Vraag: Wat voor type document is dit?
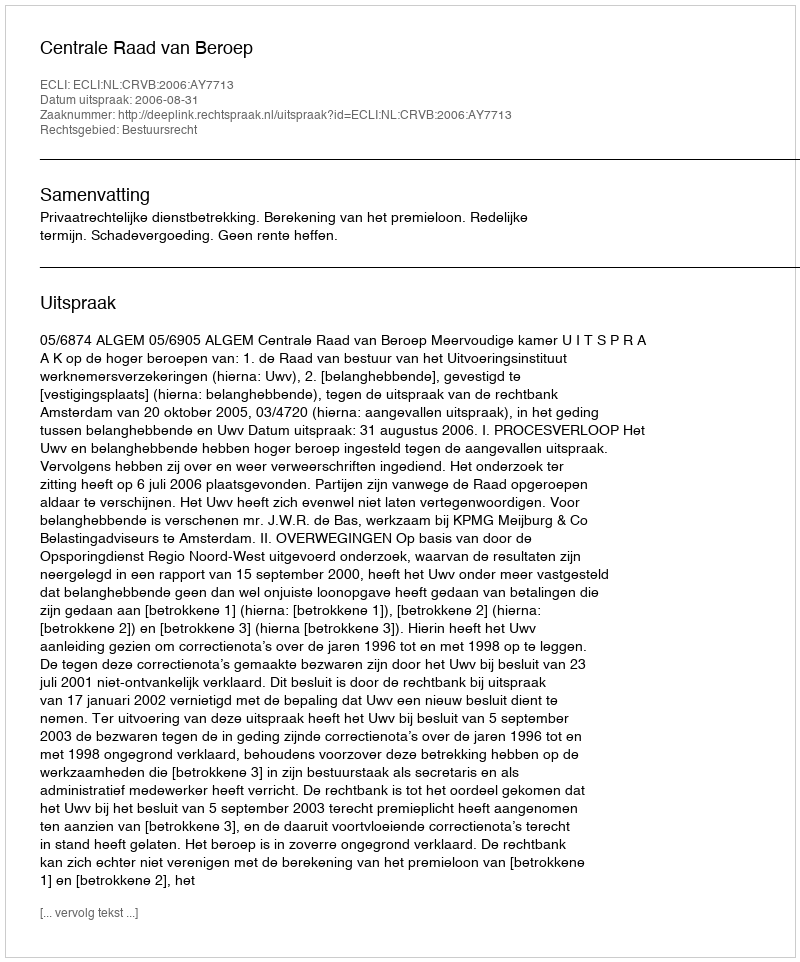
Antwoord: Uitspraak